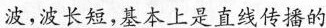
波，波长短，基本上是直线传播的